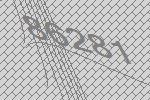
86281